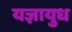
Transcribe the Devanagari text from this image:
यज्ञायुध